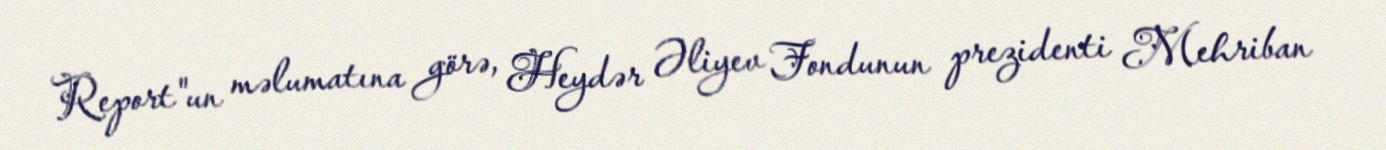
Report"un məlumatına görə, Heydər Əliyev Fondunun prezidenti Mehriban